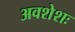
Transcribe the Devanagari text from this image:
अवशेशः